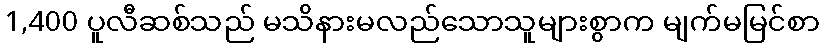
1,400 ပူလီဆစ်သည် မသိနားမလည်သောသူများစွာက မျက်မမြင်စာ